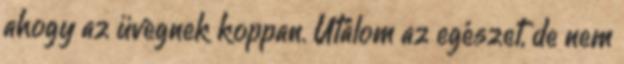
ahogy az üvegnek koppan. Utálom az egészet, de nem